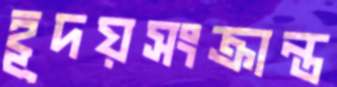
হূদয়সংক্রান্ত